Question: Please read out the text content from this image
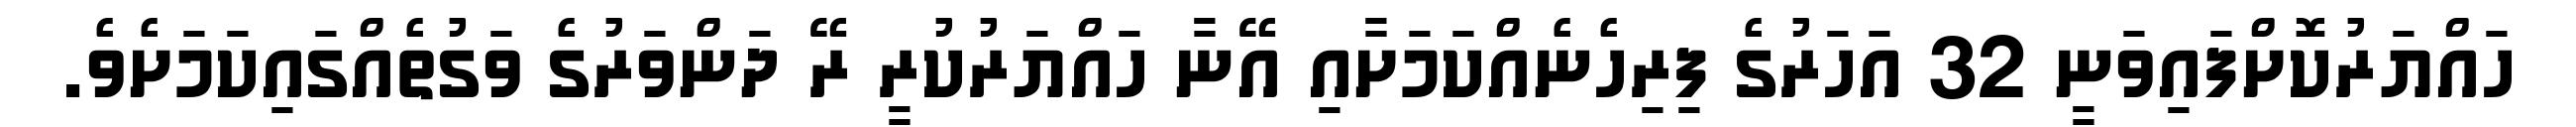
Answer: ހައްޔަރުކޮށްފައިވަނީ 32 އަހަރުގެ ފިރިހެނެއްކަމަށާއި އޭނާ ހައްޔަރުކުރީ ރޭ ދަންވަރުގެ ވަގުތެއްގައިކަމަށެވެ.